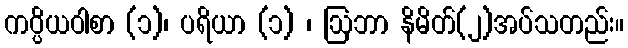
ကပ္ပိယဝါစာ (၁)၊ ပရိယာ (၁) ၊ ဩဘာ နိမိတ်(၂)အပ်သတည်း။